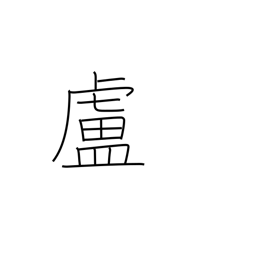
Meaning: hut